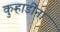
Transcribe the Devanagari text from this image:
कुऱ्हाडींना